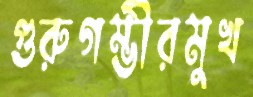
গুরুগম্ভীরমুখ